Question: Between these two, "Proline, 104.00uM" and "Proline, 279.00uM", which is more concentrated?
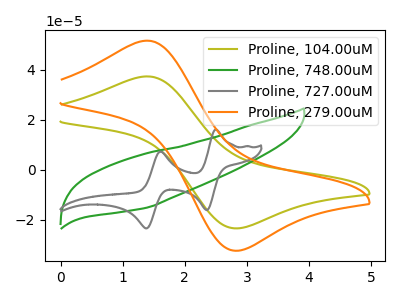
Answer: <think>The olive curve "Proline, 104.00uM" has an anodic peak at (1.35V, 37.35uA) and a cathodic peak at (2.85V, -23.40uA). The green curve "Proline, 748.00uM" has no peaks. The gray curve "Proline, 727.00uM" has anodic peaks at (2.50V, 16.10uA) (1.60V, 7.35uA) and cathodic peaks at (2.35V, -16.10uA) (1.40V, -23.40uA). The orange curve "Proline, 279.00uM" has an anodic peak at (1.35V, 51.65uA) and a cathodic peak at (2.85V, -32.35uA).
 All the peaks in "Proline, 104.00uM" have a peak in "Proline, 279.00uM" at the same potential. Every peak in "Proline, 104.00uM" is lower than every peak in "Proline, 279.00uM".</think>
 <answer>"Proline, 104.00uM" has less signal than "Proline, 279.00uM" and so likely has a lower concentration.</answer>
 <eval>less_concentration</eval>